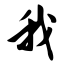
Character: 我